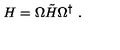
H = \Omega \tilde { H } \Omega ^ { \dag } \ .